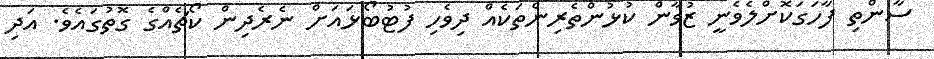
ސާންތި ފާހަގަކޮށްލެވެނީ ޒުވާން ކުޅުންތެރިންތަކެއް ދިވެހި ފުޓުބޯޅައަށް ނެރެދިން ކޯޗެއްގެ ގޮތުގައެވެ. އަދި